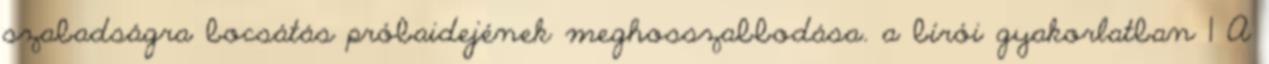
szabadságra bocsátás próbaidejének meghosszabbodása. a bírói gyakorlatban 1 A